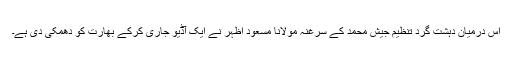
اس درمیان دہشت گرد تنظیم جیش محمد کے سرغنہ مولانا مسعود اظہر نے ایک آڈیو جاری کرکے بھارت کو دھمکی دی ہے۔